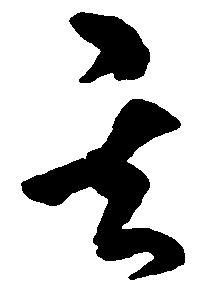
其